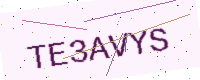
Text: TE3AVYS